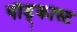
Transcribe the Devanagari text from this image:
पौड्कास्ट